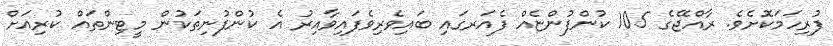
ފުރިހަމަކޮށެވެ. ރާއްޖޭގެ 105 ކުންފުންޏެއް ފެއަރގައި ބައިވެރިވެފައިވާއިރު އެ ކުންފުނިތަކުން މީޓިންތައް ކުރިއަށް